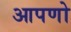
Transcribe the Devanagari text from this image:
आपणो